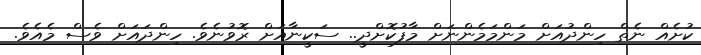
ކުށެއް ނެތް ހިންދުއަށް މަންމަމެންނަށް މާފުކޮށްދީ.. ސަކީނާއަށް ރޮވުނެވެ. ހިންދައަށް ވެސް މެއެވެ.